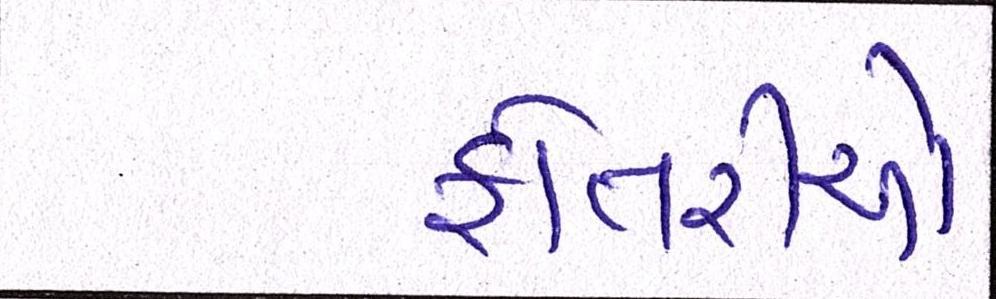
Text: ફોતરીઓ